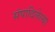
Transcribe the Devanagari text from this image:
संपादिलेल्या